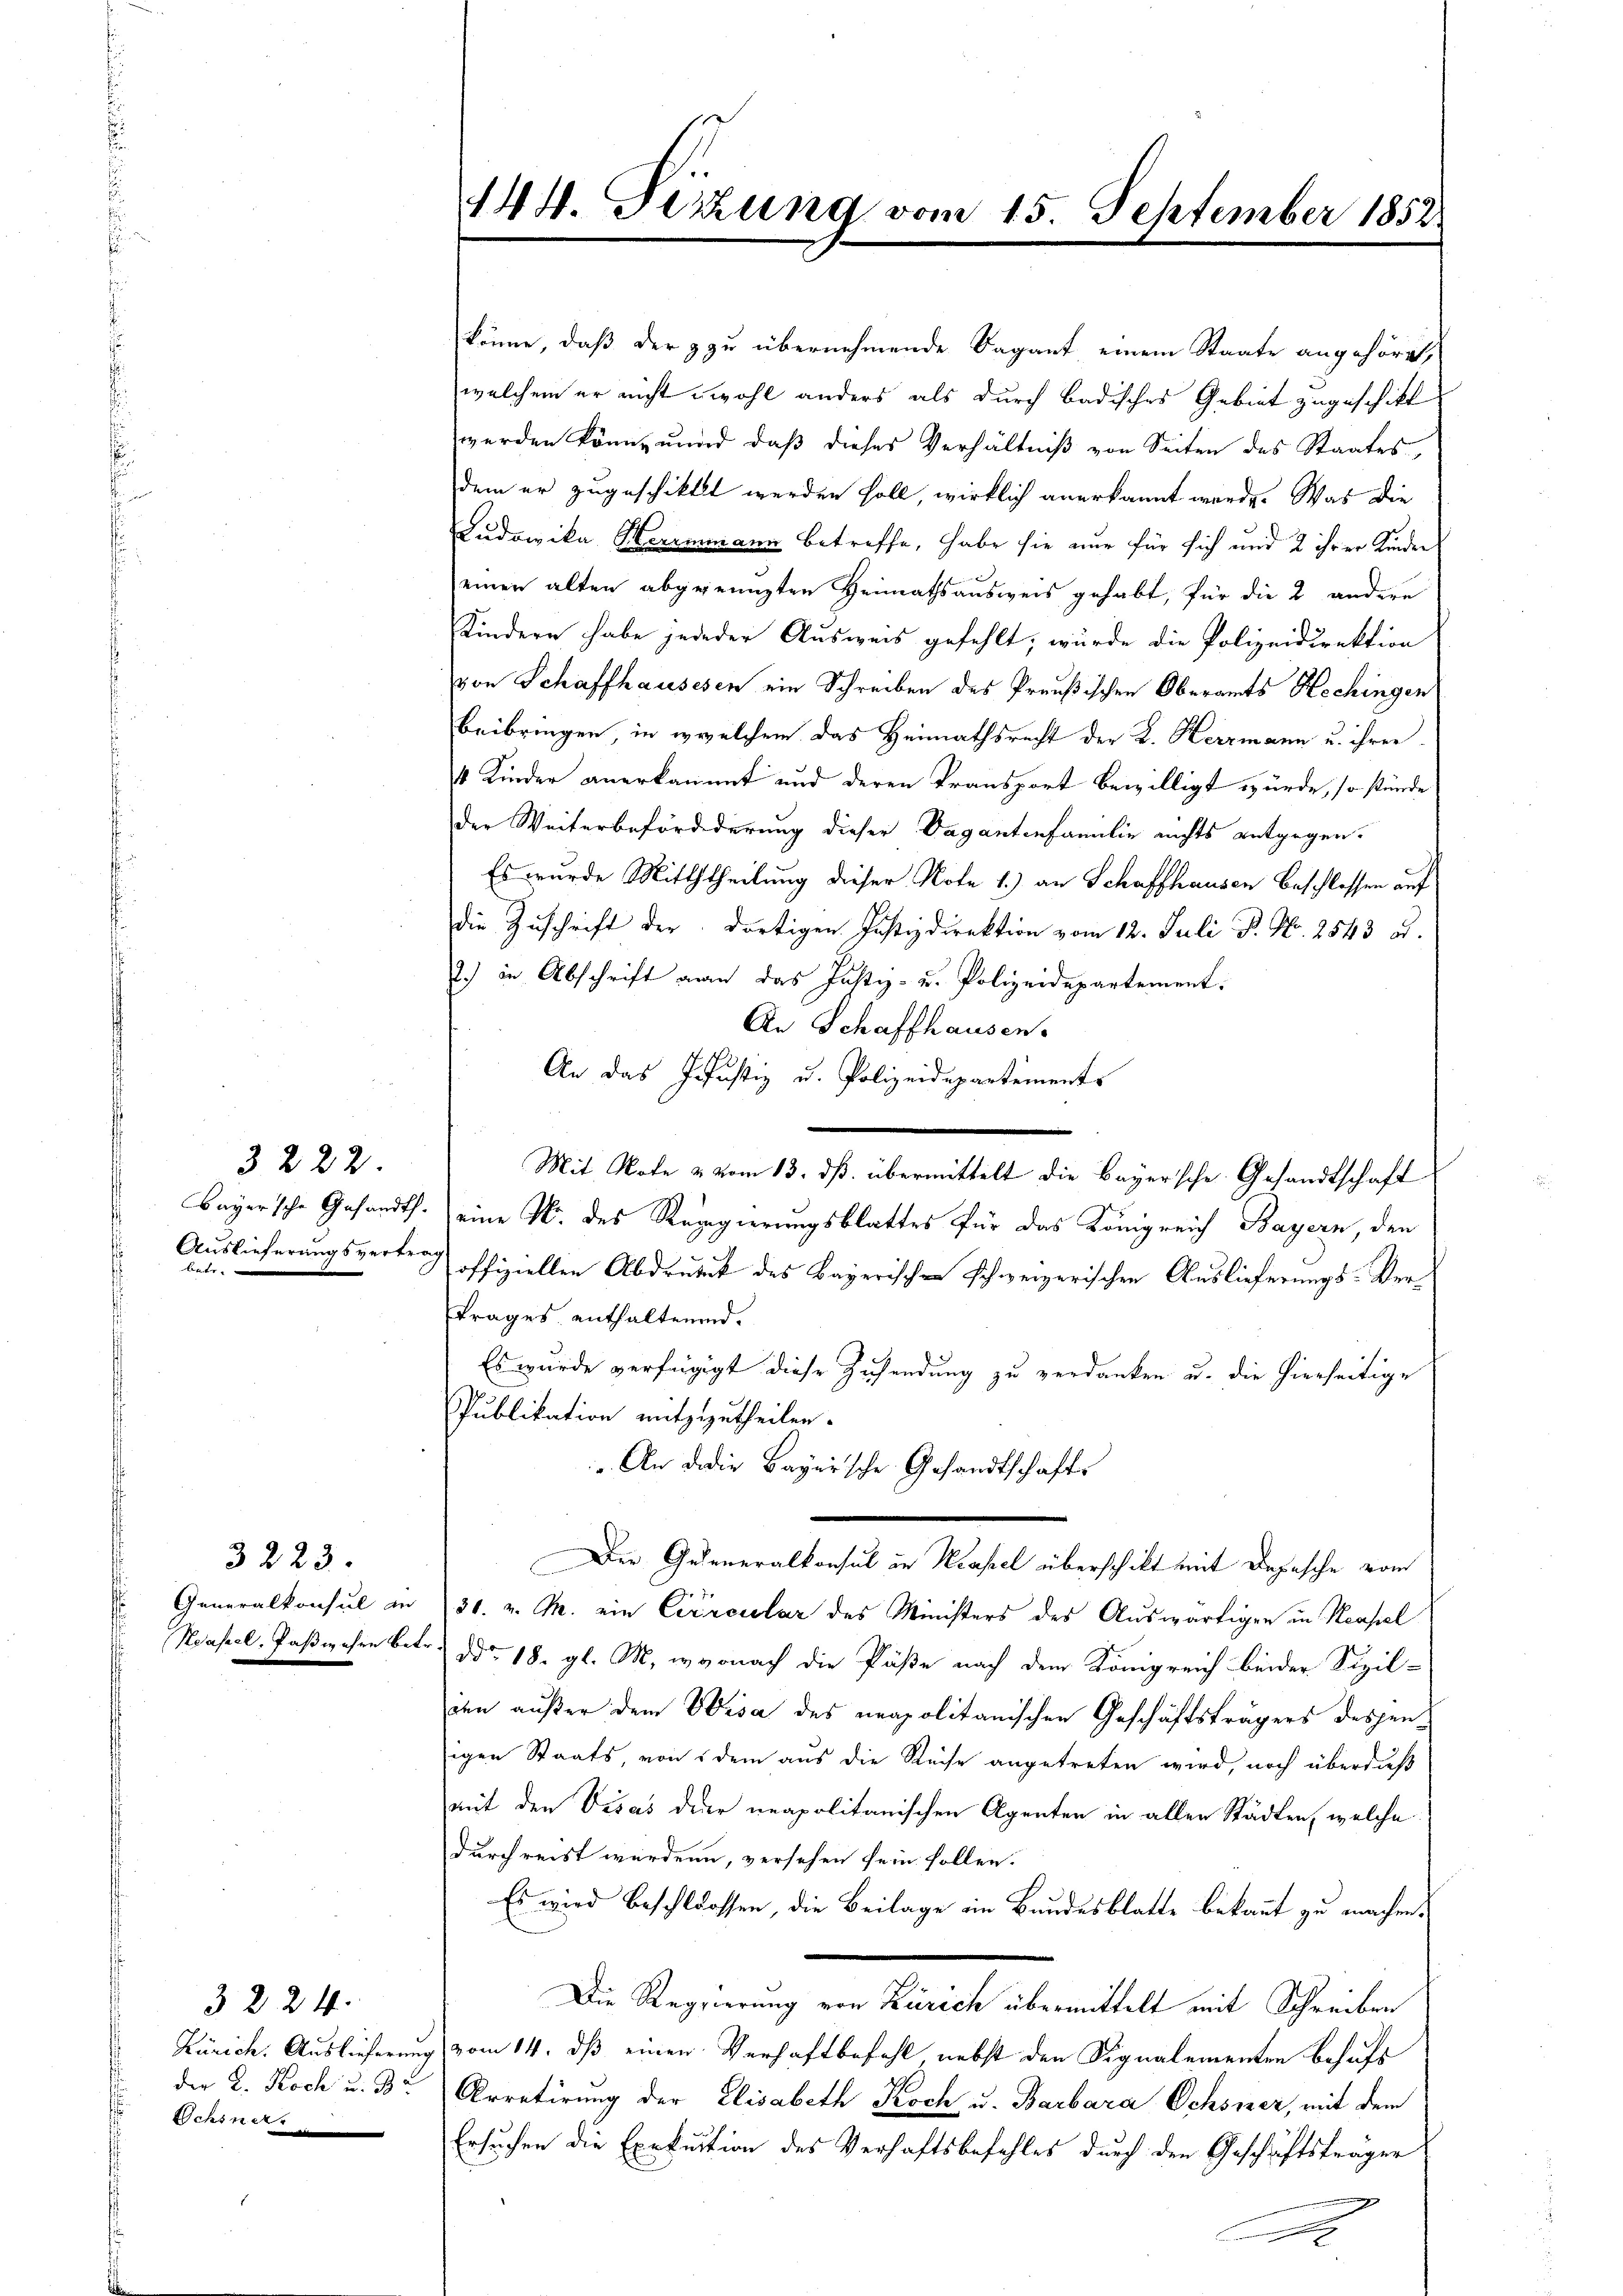
3222
Auslieferungsvertrag
Baer und m

3223.
Generalkonsul in

3224.
der R. Koch u. B
Schiner

144. Dizung vom 15. September 1852.

könne, daß der zu übernehmende Vagant einem Staate angehöret,
welchem er nicht wohl anders als durch badisches Gebiet zugeschikt
werden könne und daß dieses Verhältniß von Seiten des Staates,
dem er zugeschiktet werden soll, wirklich anerkannt werde. Was die
Ludovika Herrmmann betreffe, habe sie nur für sich und 2 ihrer Kinder
einen alten abgeengten Heimathsausweis gehabt, für die 2 andere
Kindern habe jede der Ausweis gefehlt, wurde die Polizeidirektion
von Schaffhausesen ein Schreiben des Preußischen Oberamts Hechingen
beibringen, in welchem das Heimathsrecht der K. Herzmann u. ihrer
4 Kinder anerkannt und deren Transport bewilligt würde, so stünde
der Weiterbefördederung dieser Vagantenfamilie nichts entgegen.
Es wurde Mitththeilung dieser Note 1.) an Schaffhausen Beschlossen auf
die Zuschrift der dortigen Justizdirektion vom 12. Juli P. Nr. 2543 ad.
2.) in Abschrift man das Justiz- u. Polizeidepartement:
An Schaffhausen.
An das Justiz u. Polizeidepartements
Bayersche Gesandts. eine N. des Regierungsblattes für das Königreich Bayern, den
offiziellen Abdruck des Bayerisch schweizerischen Auslieferungs-Vertrages enthaltenend.
Es wurde verfügigt diese Zusendung zu verdanken u. die hierseitige
Publikation mitzutheilen.
.. An die Bayersche Gesandtschafts
Der Gedeneralkonsul in Krassel überschikt mit Depesche vom
30. v. M. ein Circular des Ministers des Auswärtigen in Neapel
Nasel, Paßwehren betr. ddo 18. gl. M., wonach die Päße nach dem Königreich beider Sozil-
ien außer dem Visa des neapolitanischen Geschäftsträgers desjenigen Staats, von dem aus die Reise angetreten wird, noch überdieß
mit den Visas dier neapolitanischen Agenten in allen Städten, welche
durchreist werden, versehen sein sollen.
Es wird beschlossen, die Beilage ein Bundesblatte bekannt zu machen.
Die Regierung von Zürich übermittelt mit Schreiben
Zürich. Auslieferung vom 14. dß einen Verhaftbefehl nebst den Signalementen behufs
Arretirung der Elisabeth Koch u. Barbara Ochsner, mit dem
Ersuchen die Exekution des Verhaftsbefehles durch den Geschäftsträger

Mit Note & vom 13. ds. übermittelt die Bayersche Gesandtschaft

.